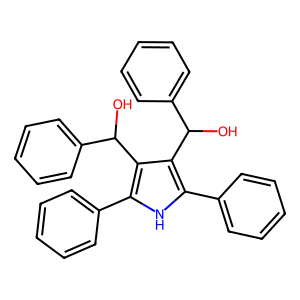
SMILES: OC(c1ccccc1)c1c(-c2ccccc2)[nH]c(-c2ccccc2)c1C(O)c1ccccc1
Inhibits HIV replication: No